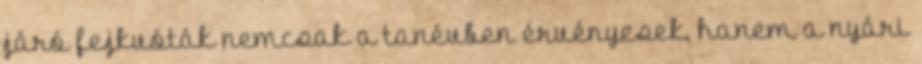
járó fejkvóták nemcsak a tanévben érvényesek, hanem a nyári